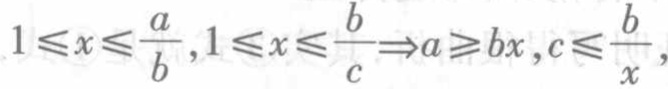
$1\leqslant x\leqslant \frac{a}{b},1\leqslant x\leqslant \frac{b}{c}\Rightarrow a\geqslant bx,c\leqslant \frac{b}{x},$